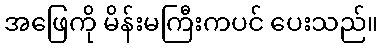
အဖြေကို မိန်းမကြီးကပင် ပေးသည်။